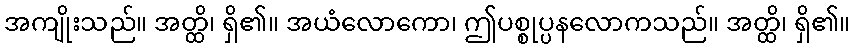
အကျိုးသည်။ အတ္ထိ၊ ရှိ၏။ အယံလောကော၊ ဤပစ္စုပ္ပနလောကသည်။ အတ္ထိ၊ ရှိ၏။